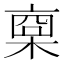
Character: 𣖇